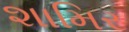
શામિર